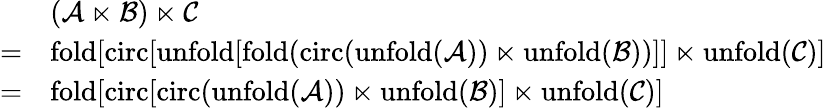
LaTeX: \begin{array}{rl}&{(\mathcal{A}\ltimes\mathcal{B})\ltimes\mathcal{C}}\\ {=}&{\mathrm{fold}[\mathrm{circ}[\mathrm{unfold}[\mathrm{fold}(\mathrm{circ}(\mathrm{unfold}(\mathcal{A}))\ltimes\mathrm{unfold}(\mathcal{B}))]]\ltimes\mathrm{unfold}(\mathcal{C})]}\\ {=}&{\mathrm{fold}[\mathrm{circ}[\mathrm{circ}(\mathrm{unfold}(\mathcal{A}))\ltimes\mathrm{unfold}(\mathcal{B})]\ltimes\mathrm{unfold}(\mathcal{C})]}\end{array}